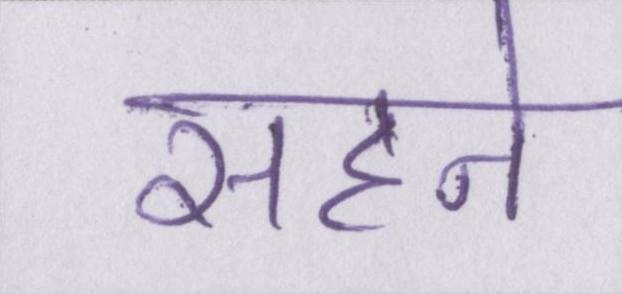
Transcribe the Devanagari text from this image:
सहने